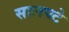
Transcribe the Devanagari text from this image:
सालपटे